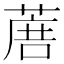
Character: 𦶹